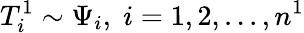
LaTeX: T_{i}^{1}\sim\Psi_{i},\; i=1,2,...,n^{1}